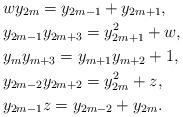
LaTeX: \begin{align*}& w y_{2m} =y_{2m-1} + y_{2m+1}, \\& y_{2m-1}y_{2m+3} =y^2_{2m+1}+w, \\& y_m y_{m+3} =y_{m+1} y_{m+2}+1, \\& y_{2m-2} y_{2m+2} = y^2_{2m} + z, \\& y_{2m-1} z = y_{2m-2} + y_{2m}. \end{align*}